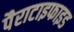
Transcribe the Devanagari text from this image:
पैराटाइफाइड